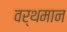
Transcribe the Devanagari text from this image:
वर्थमान